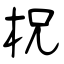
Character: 柷